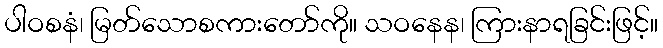
ပါဝစနံ၊ မြတ်သောစကားတော်ကို။ သဝနေန၊ ကြားနာရခြင်းဖြင့်။